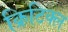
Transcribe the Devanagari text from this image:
क्रिटिक्ल